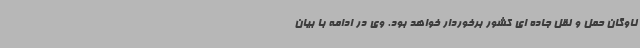
ناوگان حمل و نقل جاده ای کشور برخوردار خواهد بود. وی در ادامه با بیان